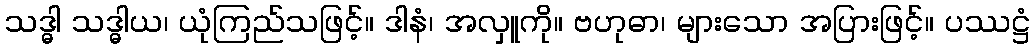
သဒ္ဓါ သဒ္ဓါယ၊ ယုံကြည်သဖြင့်။ ဒါနံ၊ အလှူကို။ ဗဟုဓာ၊ များသော အပြားဖြင့်။ ပဿဋ္ဌံ